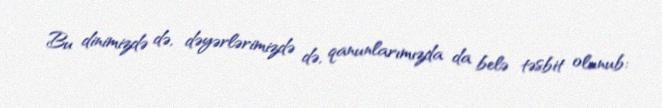
Bu dinimizdə də, dəyərlərimizdə də, qanunlarımızda da belə təsbit olunub: